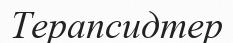
Терапсидтер